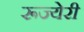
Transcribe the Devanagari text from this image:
रूज्येरी